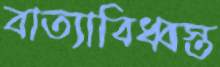
বাত্যাবিধ্বস্ত